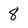
Character: 8